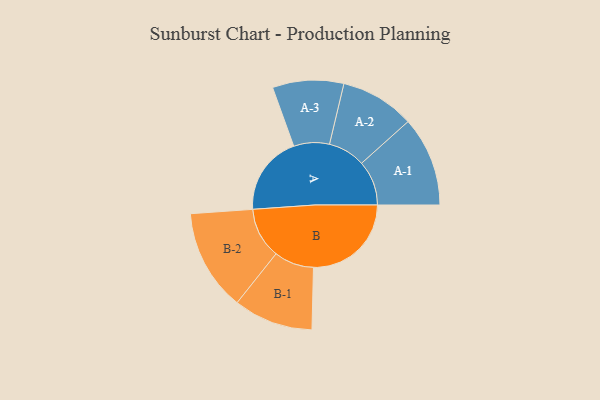
{"axis": {"x": "Segment", "y": "Value"}, "legend": ["", "A", "B"], "data": [{"x": "A", "y": 361, "type": ""}, {"x": "B", "y": 445, "type": ""}, {"x": "A-1", "y": 204, "type": "A"}, {"x": "A-2", "y": 169, "type": "A"}, {"x": "A-3", "y": 162, "type": "A"}, {"x": "B-1", "y": 181, "type": "B"}, {"x": "B-2", "y": 231, "type": "B"}]}